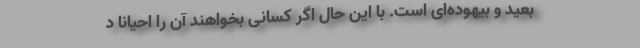
بعید و بیهوده‌ای است. با این حال اگر کسانی بخواهند آن را احیانا د